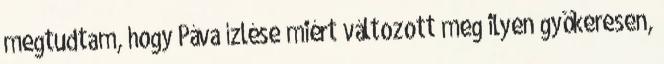
megtudtam, hogy Páva ízlése miért változott meg ilyen gyökeresen,